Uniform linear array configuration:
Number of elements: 16
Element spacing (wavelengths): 0.25
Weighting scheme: hamming
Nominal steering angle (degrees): -30
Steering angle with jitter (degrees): -28.555
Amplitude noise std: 0.05
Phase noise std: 0.05

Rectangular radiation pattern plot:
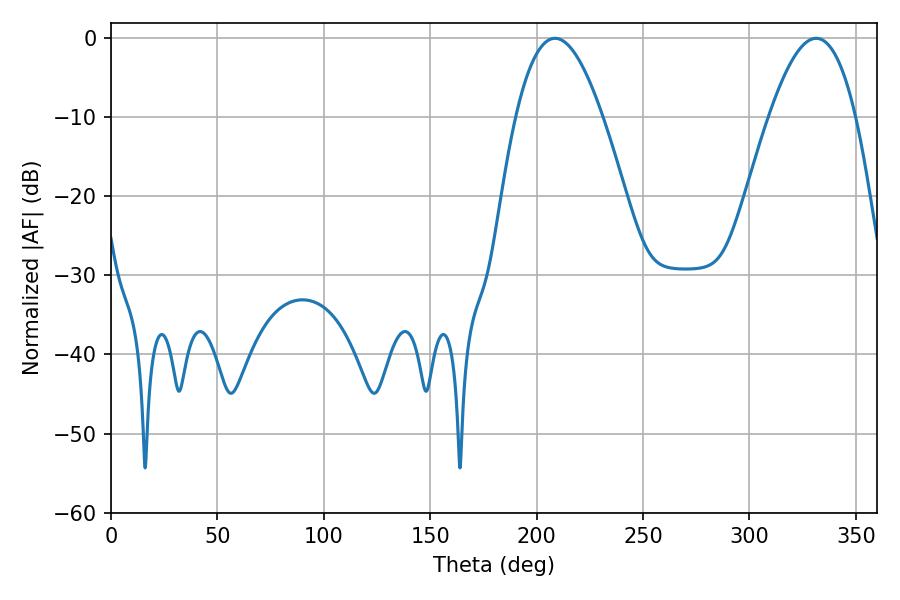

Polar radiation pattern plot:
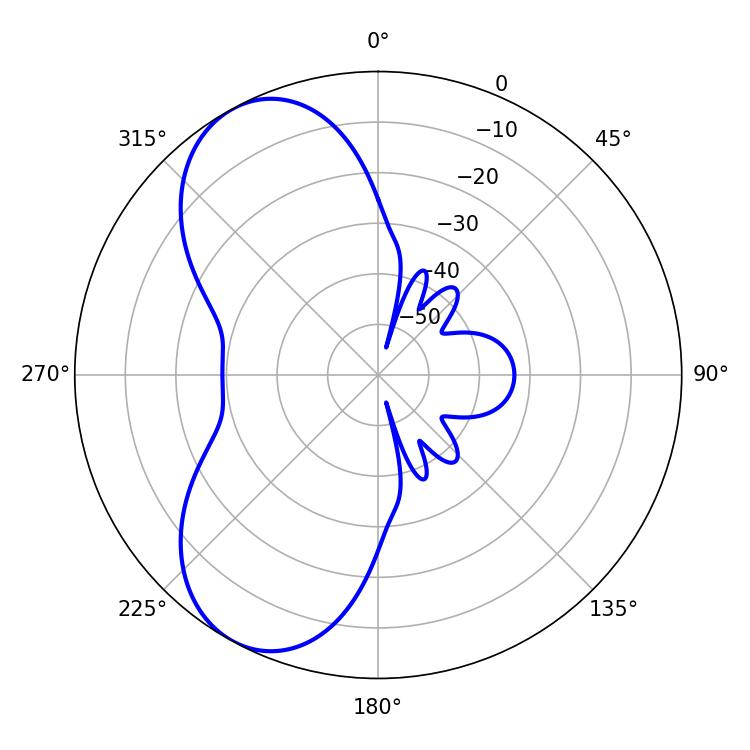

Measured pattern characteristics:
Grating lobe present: FALSE
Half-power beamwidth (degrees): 22.14
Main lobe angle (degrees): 208.62